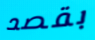
بقصد